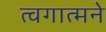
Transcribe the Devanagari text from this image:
त्वगात्मने